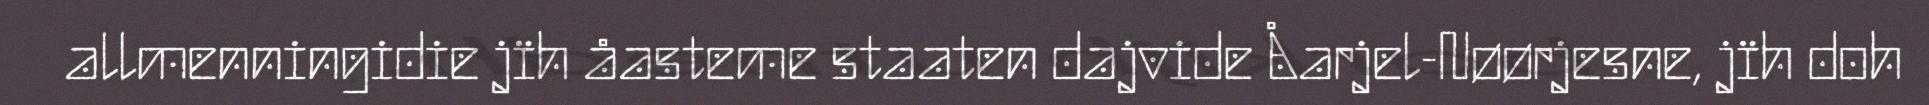
allmenningidie jïh åasteme staaten dajvide Åarjel-Nøørjesne, jïh doh